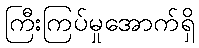
ကြီးကြပ်မှုအောက်ရှိ